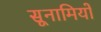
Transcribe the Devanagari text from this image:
सूनामियों